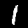
Label: 1